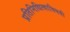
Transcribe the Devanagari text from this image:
प्रतिनिधित्वाविषयी